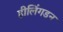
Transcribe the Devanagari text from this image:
हीलिंगडन